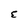
Character: E